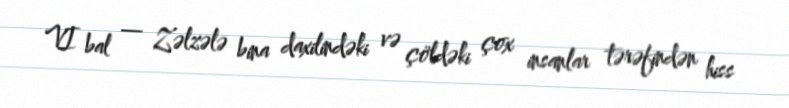
VI bal — Zəlzələ bina daxilindəki və çöldəki çox insanlar tərəfindən hiss